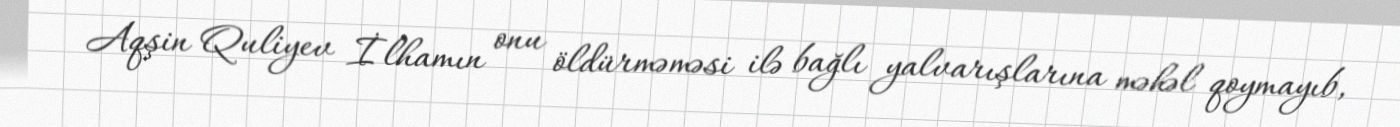
Aqşin Quliyev İlhamın onu öldürməməsi ilə bağlı yalvarışlarına məhəl qoymayıb,